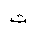
Letter: _ta